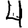
Digit: 4